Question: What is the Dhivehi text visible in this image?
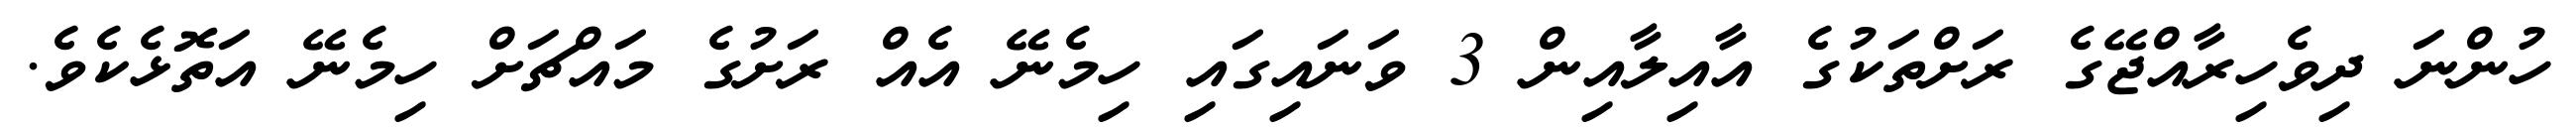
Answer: ހުންނަ ދިވެހިރާއްޖޭގެ ރަށްތަކުގެ އާއިލާއިން 3 ވަނައިގައި ހިމެނޭ އެއް ރަށުގެ މައްޗަށް ހިމެނޭ އަތޮޅެކެވެ.